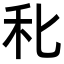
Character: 𥝓